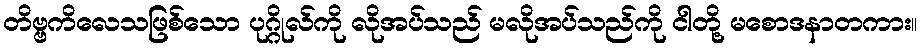
တိဗ္ဗကိလေသဖြစ်သော ပုဂ္ဂိုလ်ကို လိုအပ်သည် မလိုအပ်သည်ကို ငါတို့ မစောဒနာတကား။